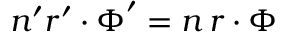
n ^ { \prime } \boldsymbol r ^ { \prime } \boldsymbol \cdot \boldsymbol \Phi ^ { \prime } = n \, \boldsymbol r \boldsymbol \cdot \boldsymbol \Phi